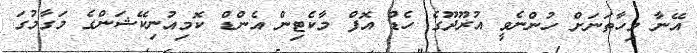
އޭނާ މިހާތަނަށް ހުންނެވީ އުރޫދޫގެ ހެޑް އޮފް މާކެޓިން އެންޑް ކޮމިއުނިކޭޝަންގެ މަގާމުގަ